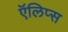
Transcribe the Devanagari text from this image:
ऍलिप्स